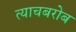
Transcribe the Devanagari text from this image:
त्याचबरोब